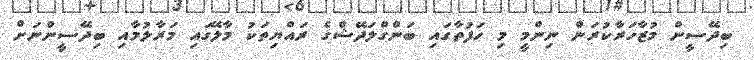
ބިދޭސީން މުޒާހަރާކުރަން ނިންމީ މި ހަފުތާގައި ބަންގްލަދޭޝްގެ ރައްޔިތަކު މާލޭގައި މަރާލުމާއި ބިދޭސީންނަށް